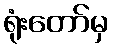
ရုံးတော်မှ